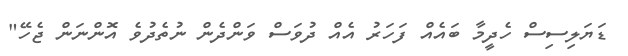
ޑަޔަލިސިސް ހެދީމާ ބައެއް ފަހަރު އެއް ދުވަސް ވަންދެން ނުތެދުވެ އޮންނަން ޖެހޭ"